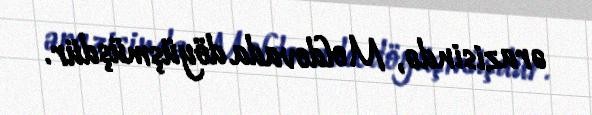
ərazisində, Moldovada döyüşmüşdür.